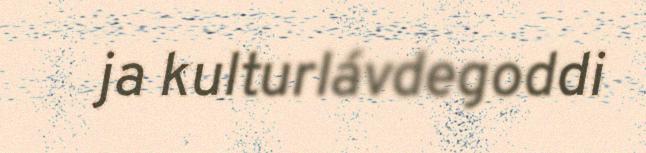
ja kulturlávdegoddi